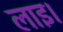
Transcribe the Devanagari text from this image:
लाइ।